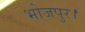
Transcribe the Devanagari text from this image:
भोजपुर।